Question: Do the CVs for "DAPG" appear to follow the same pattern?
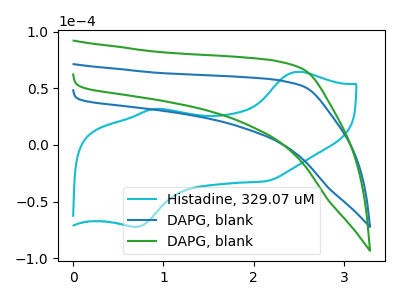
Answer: <think>The cyan curve "Histadine, 329.07 uM" has anodic peaks at (2.50V, 64.55uA) (0.90V, 31.90uA) and cathodic peaks at (0.70V, -72.10uA) (2.15V, -31.95uA). The blue curve "DAPG, blank" has no peaks. The green curve "DAPG, blank" has no peaks.
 "Histadine, 329.07 uM" and "DAPG, blank" have a different number of peaks. "Histadine, 329.07 uM" and "DAPG, blank" have a different number of peaks. Neither "DAPG, blank" or "DAPG, blank" have any peaks.</think>
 <answer>All the CV's of "DAPG" have similar shape.</answer>
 <eval>follow_rule</eval>